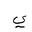
Letter: _ya